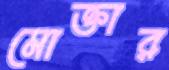
মোক্তার